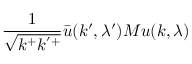
\frac { 1 } { \sqrt { k ^ { + } k ^ { ' + } } } \bar { u } ( k ^ { \prime } , \lambda ^ { \prime } ) { \cal M } u ( k , \lambda )